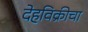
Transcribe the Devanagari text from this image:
देहविक्रीचा